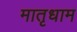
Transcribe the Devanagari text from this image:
मातृधाम